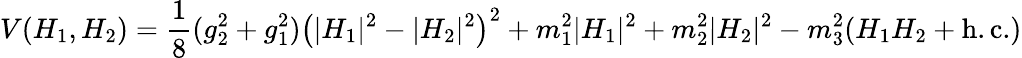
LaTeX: V(H_{1},H_{2})=\frac{1}{8}(g_{2}^{2}+g_{1}^{2})\left(|H_{1}|^{2}-|H_{2}|^{2}\right)^{2}+m_{1}^{2}|H_{1}|^{2}+m_{2}^{2}|H_{2}|^{2}-m_{3}^{2}(H_{1}H_{2}+\mathrm{h.c.})